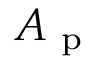
A _ { \mathrm { ~ p ~ } }